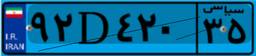
۹۲D۴۲۰۳۵